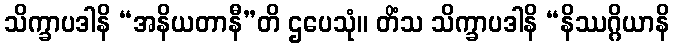
သိက္ခာပဒါနိ “အနိယတာနီ”တိ ဌပေသုံ။ တိံသ သိက္ခာပဒါနိ “နိဿဂ္ဂိယာနိ